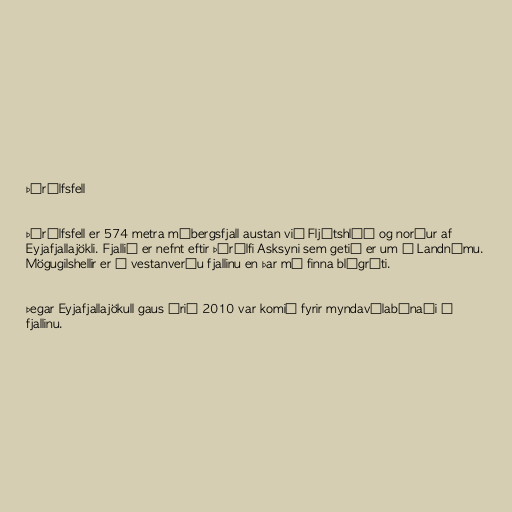
Þórólfsfell

Þórólfsfell er 574 metra móbergsfjall austan við Fljótshlíð og norður af
Eyjafjallajökli. Fjallið er nefnt eftir Þórólfi Asksyni sem getið er um í Landnámu.
Mögugilshellir er í vestanverðu fjallinu en þar má finna blágrýti.

Þegar Eyjafjallajökull gaus árið 2010 var komið fyrir myndavélabúnaði á
fjallinu.